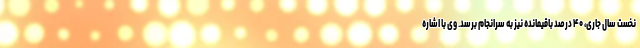
نخست سال جاری، ۴۰ درصد باقیمانده نیز به سرانجام برسد. وی با اشاره